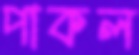
পাকল